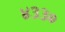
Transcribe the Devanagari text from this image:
४३३०